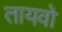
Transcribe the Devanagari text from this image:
तायवो